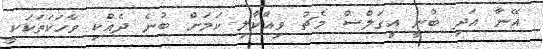
އޭނާ އަދި ބުނީ އީގަލްސް މެޗު ވިއްކާލި ކަމަށް ބުނެ ދެއްކި ވާހަކަތަކަކީ